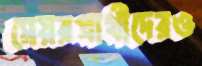
মেয়রপ্রার্থীদেরও